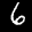
Label: 6